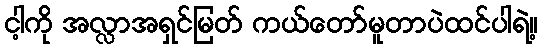
ငါ့ကို အလ္လာအရှင်မြတ် ကယ်တော်မူတာပဲထင်ပါရဲ့။